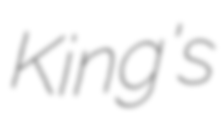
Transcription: King's